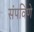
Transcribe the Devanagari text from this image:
संपविणे